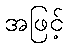
အဖြင့်